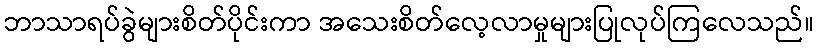
ဘာသာရပ်ခွဲများစိတ်ပိုင်းကာ အသေးစိတ်လေ့လာမှုများပြုလုပ်ကြလေသည်။